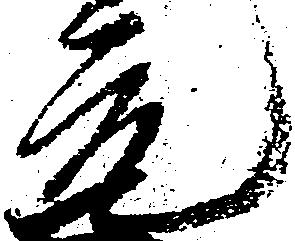
元